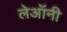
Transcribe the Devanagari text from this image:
लेऑनी